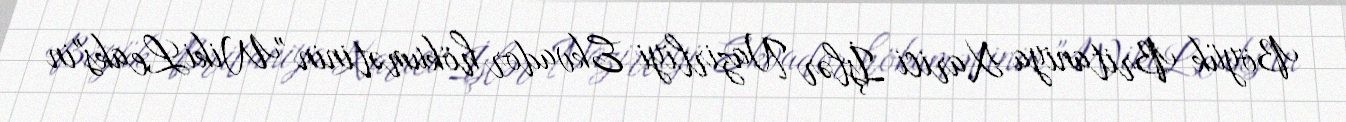
Böyük Britaniya Xarici İşlər Nazirliyi Ekvador hökumətinin "WikiLeaks"in